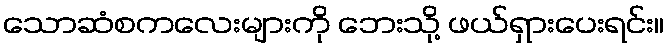
သောဆံစကလေးများကို ဘေးသို့ ဖယ်ရှားပေးရင်း။